Report of the Municipal Commissioner on the plague in Bombay for the year ending 31st May... - Volume 2
Disease focus: Plague
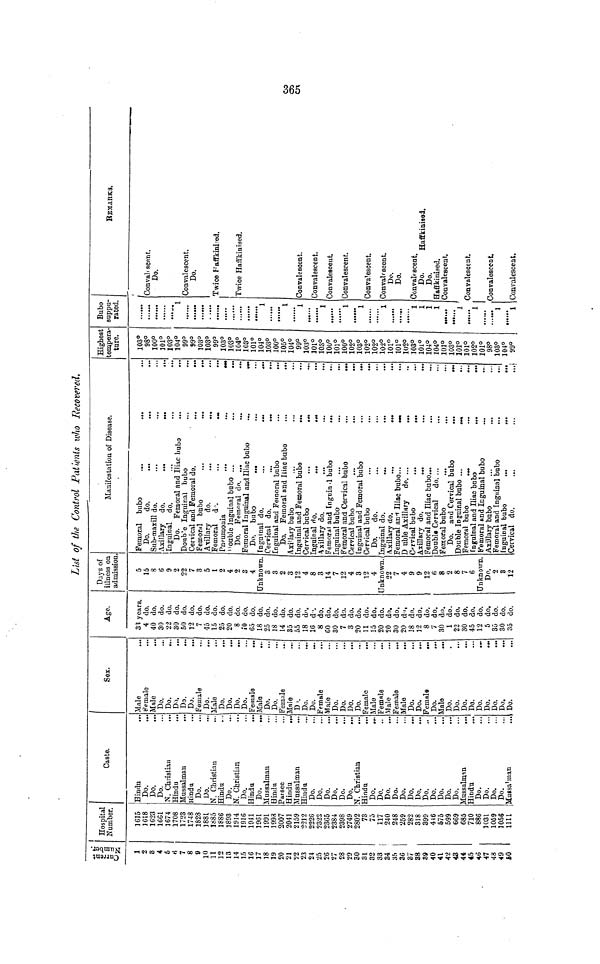
List of the Control Patients who Recovered,
Current
Number.
1
2
3
4
5
6
7
8
9
10
11
12
13
14
15
16
17
18
19
20
21
22
23
24
25
26
27
28
29
30
31
32
33
34
3ft
36
37
38
39
40
41
42
43
44
45
46
47
48
49
50
Hospital
Number.
1615
1618
1623
1661
1674
1708
1723
1748
1828
1881
1885
1886
1893
1914
1916
1941
1961
1991
1998
2007
2041
2159
2212
2226
2322
2365
2384
2398
2749
2802
73
75
117
240
248
259
282
318
399
446
575
599
669
685
710
886
1031
1059
1056
1111
Caste.
Hindu
Do.
Do.
Do.
N. Christian
...
Hindu
...
Mussalman
.
Hindu
Do.
Do.
N. Christian
Hindu
Do.
N. Christian
Do.
Hindu
Do.
Mussalman
Hindu
Parsee
Hindu
...
Mussalman
Hindu
Do.
Do.
Do.
Do.
Do.
Do.
N. Christian
Hindu
...
Do.
Do.
Do.
Do.
Do.
Do.
Do.
Do.
Do.
Do.
Do.
Do.
Mussalman
...
Hindu
...
Do.
Do.
Do.
Do.
Mussalman
Sex.
Male
Female
Male
Do.
Do.
Do.
Do.
Do.
Female
Do.
Male
Do.
Do.
Do.
Do.
Female
...
Male
Do.
Do.
Female
Male
Do.
Do.
Do.
Female
Male
Do.
Do.
Do.
Do.
Female
Male
Female
Male
Female
Male
Do.
Do.
Female
Do.
Male
Do.
Do.
Do.
Do.
Do.
Do.
Do.
Do.
Do.
Age.
33 years.
4 do.
40 do.
30 do.
22 do.
30 do.
50 do.
12 do.
7 do.
45 do.
15 do.
25 do.
20 do.
8 do.
10 do.
65 do.
18 do.
25 do.
18 do.
14 do.
35 do.
55 do.
18 do.
16 do.
8 do.
CO do.
30 do.
7 do.
3 do.
20 do.
11 do.
15 do.
20 do.
20 do.
30 do.
20 do,
18 do.
12 do.
8 do.
7 do.
30 do.
1 do.
22 do.
30 do.
45 do.
12 do.
5 do.
35 do.
30 do.
35 do.
Days of
illness on
admission.
5
15
8
6
9
2
22
7
3
5
1
2
4
2
4
Unknown.
3
3
2
3
12
4
8
3
14
7
12
4
3
12
4
Unknown.
22
7
4
9
9
12
6
8
2
8
7
6
Unknown.
Do.
2
3
12
Manifestation of Disease.
Femoral bubo
...
...
Do.
do.
Sub-maxill do.
Axillary
do.
...
...
Inguinal
do.
Do.
Femoral and Iliac bubo
...
Double Inguinal bubo
Cervical and Femoral do.
...
Femoral bubo
...
...
Axillary
do.
...
...
Femoral
do.
...
...
Pneumonia
...
...
Double Inguinal bubo ...
...
...
Do.
Femoral do. ...
...
.».
Femoral Inguinal and Iliac bubo
...
Do.
bubo
...
Inguinal do.
...
...
Cervical do.
...
...
Inguinal and Femoral bubo
...
Do.
Femoral and Iliac bubo
...
Axillary bubo
Inguinal and Femoral bubo
...
Cervical bubo
...
...
Inguinal do.
...
...
Axillary do.
..
Femoral and Inguinal bubo
...
Inguinal bubo
Femoral and Cervical bubo
Cervical bubo
...
...
Inguinal and Femoral bubo
Cervical bubo
Do.
do.
Inguinal do.
...
Axillary do.
...
...
Femoral and Iliac bubo...
D uble Axillary
do. ...
...
Cervical bubo
...
...
Axillary do,
...
...
Femoral and Iliac bubo...
Double Cervical
do. ...
Femoral bubo
Do.
and Cervical bubo
...
Double Inguinal bubo ...
Femoral bubo
...
Inguinal and Iliac bubo
..
Femoral and Inguinal bubo
Axillary bubo
Femoral and Inguinal bubo
Inguinal bubo
...
...
Cervical do.
...
...
...
Highest
tempera-
ture.
103°9
8°1
00°1
01°1
03°1
04°9
9°9
9°1
03°1
03°9
9°1
03°1
03°1
04°1
03°1
01°1
04°1
03°1
00°1
05°1
04°9
9°1
03°1
01°1
03°1
00°1
01°1
00°1
02°1
03°1
02°1
02°1
02°1
01°1
01°1
02°1
03°1
01°1
04°1
04°1
01°1
03°1
01°1
01°1
02°1
01°9
8°1
03°1
04°9
9°B
ubo
suppu-
rated.
......
1
......
......
1
1
1
......
1
......
1
......
1
1
1
1
1
1
1
......
1
1
1
REMARKS.
Convalescent.
Bo.
Convalescent.
Do.
Twice Haffkinised.
Twice Haffkinised.
Convalescent.
Convalescent.
Convalescent.
Convalescent.
Convalescent.
Convalescent.
Do.
Do.
Convalescent.
Do.
Haffkinised.
Do.
Haffkinised.
Convalescent,
Convalescent.
Convalescent.
Convalescent.
365